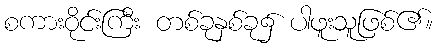
စကားဝိုင်းကြီး တစ်ခုနှစ်ခု၌ ပါဖူးသူဖြစ်၏။